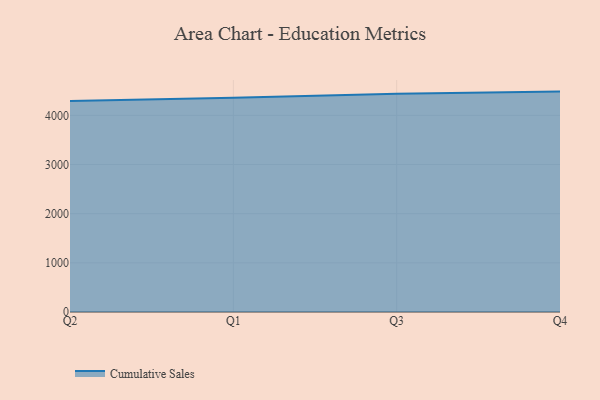
{"axis": {"x": "Quarter", "y": "Tickets Resolved"}, "legend": ["Cumulative Sales"], "data": [{"x": "Q2", "y": 4290.6, "type": "Cumulative Sales"}, {"x": "Q1", "y": 4356.8, "type": "Cumulative Sales"}, {"x": "Q3", "y": 4438.8, "type": "Cumulative Sales"}, {"x": "Q4", "y": 4482.7, "type": "Cumulative Sales"}]}